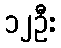
၁၂ဦး